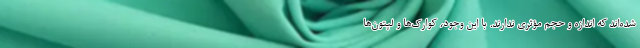
شده‌اند که اندازه و حجم مؤثری ندارند. با این وجود، کوارک‌ها و لپتون‌ها